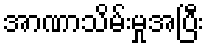
အာဏာသိမ်းမှုအပြီး